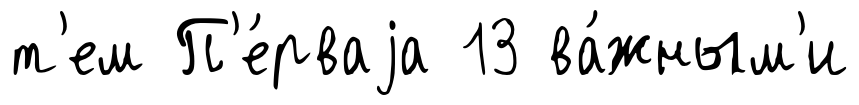
т'ем П'е́рваjа 13 ва́жным'и